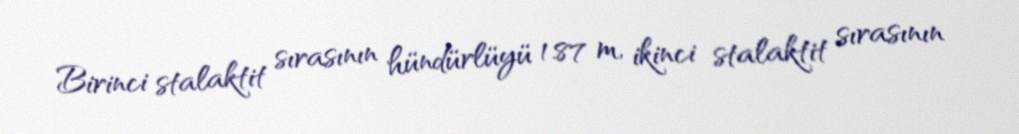
Birinci stalaktit sırasının hündürlüyü 1.87 m, ikinci stalaktit sırasının